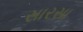
સારસા